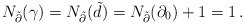
\begin{align*}N_{\tilde{\partial}}(\gamma)=N_{\tilde{\partial}}(\tilde{d})=N_{\tilde{\partial}}(\partial_0)+1=1\,.\end{align*}